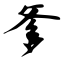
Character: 爹